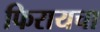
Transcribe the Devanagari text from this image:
फिरायचा